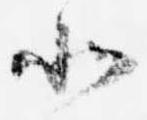
北